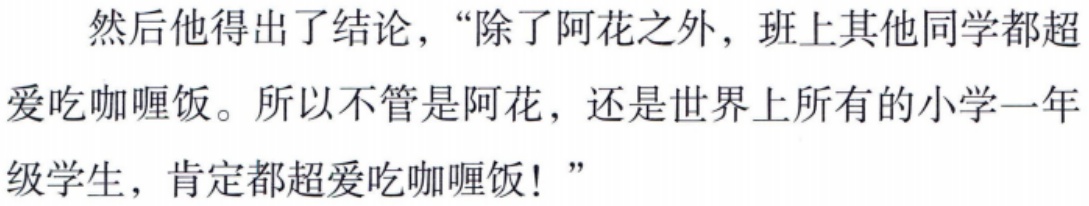
然后他得出了结论，“除了阿花之外，班上其他同学都超爱吃咖喱饭。所以不管是阿花，还是世界上所有的小学一年级学生，肯定都超爱吃咖喱饭！”